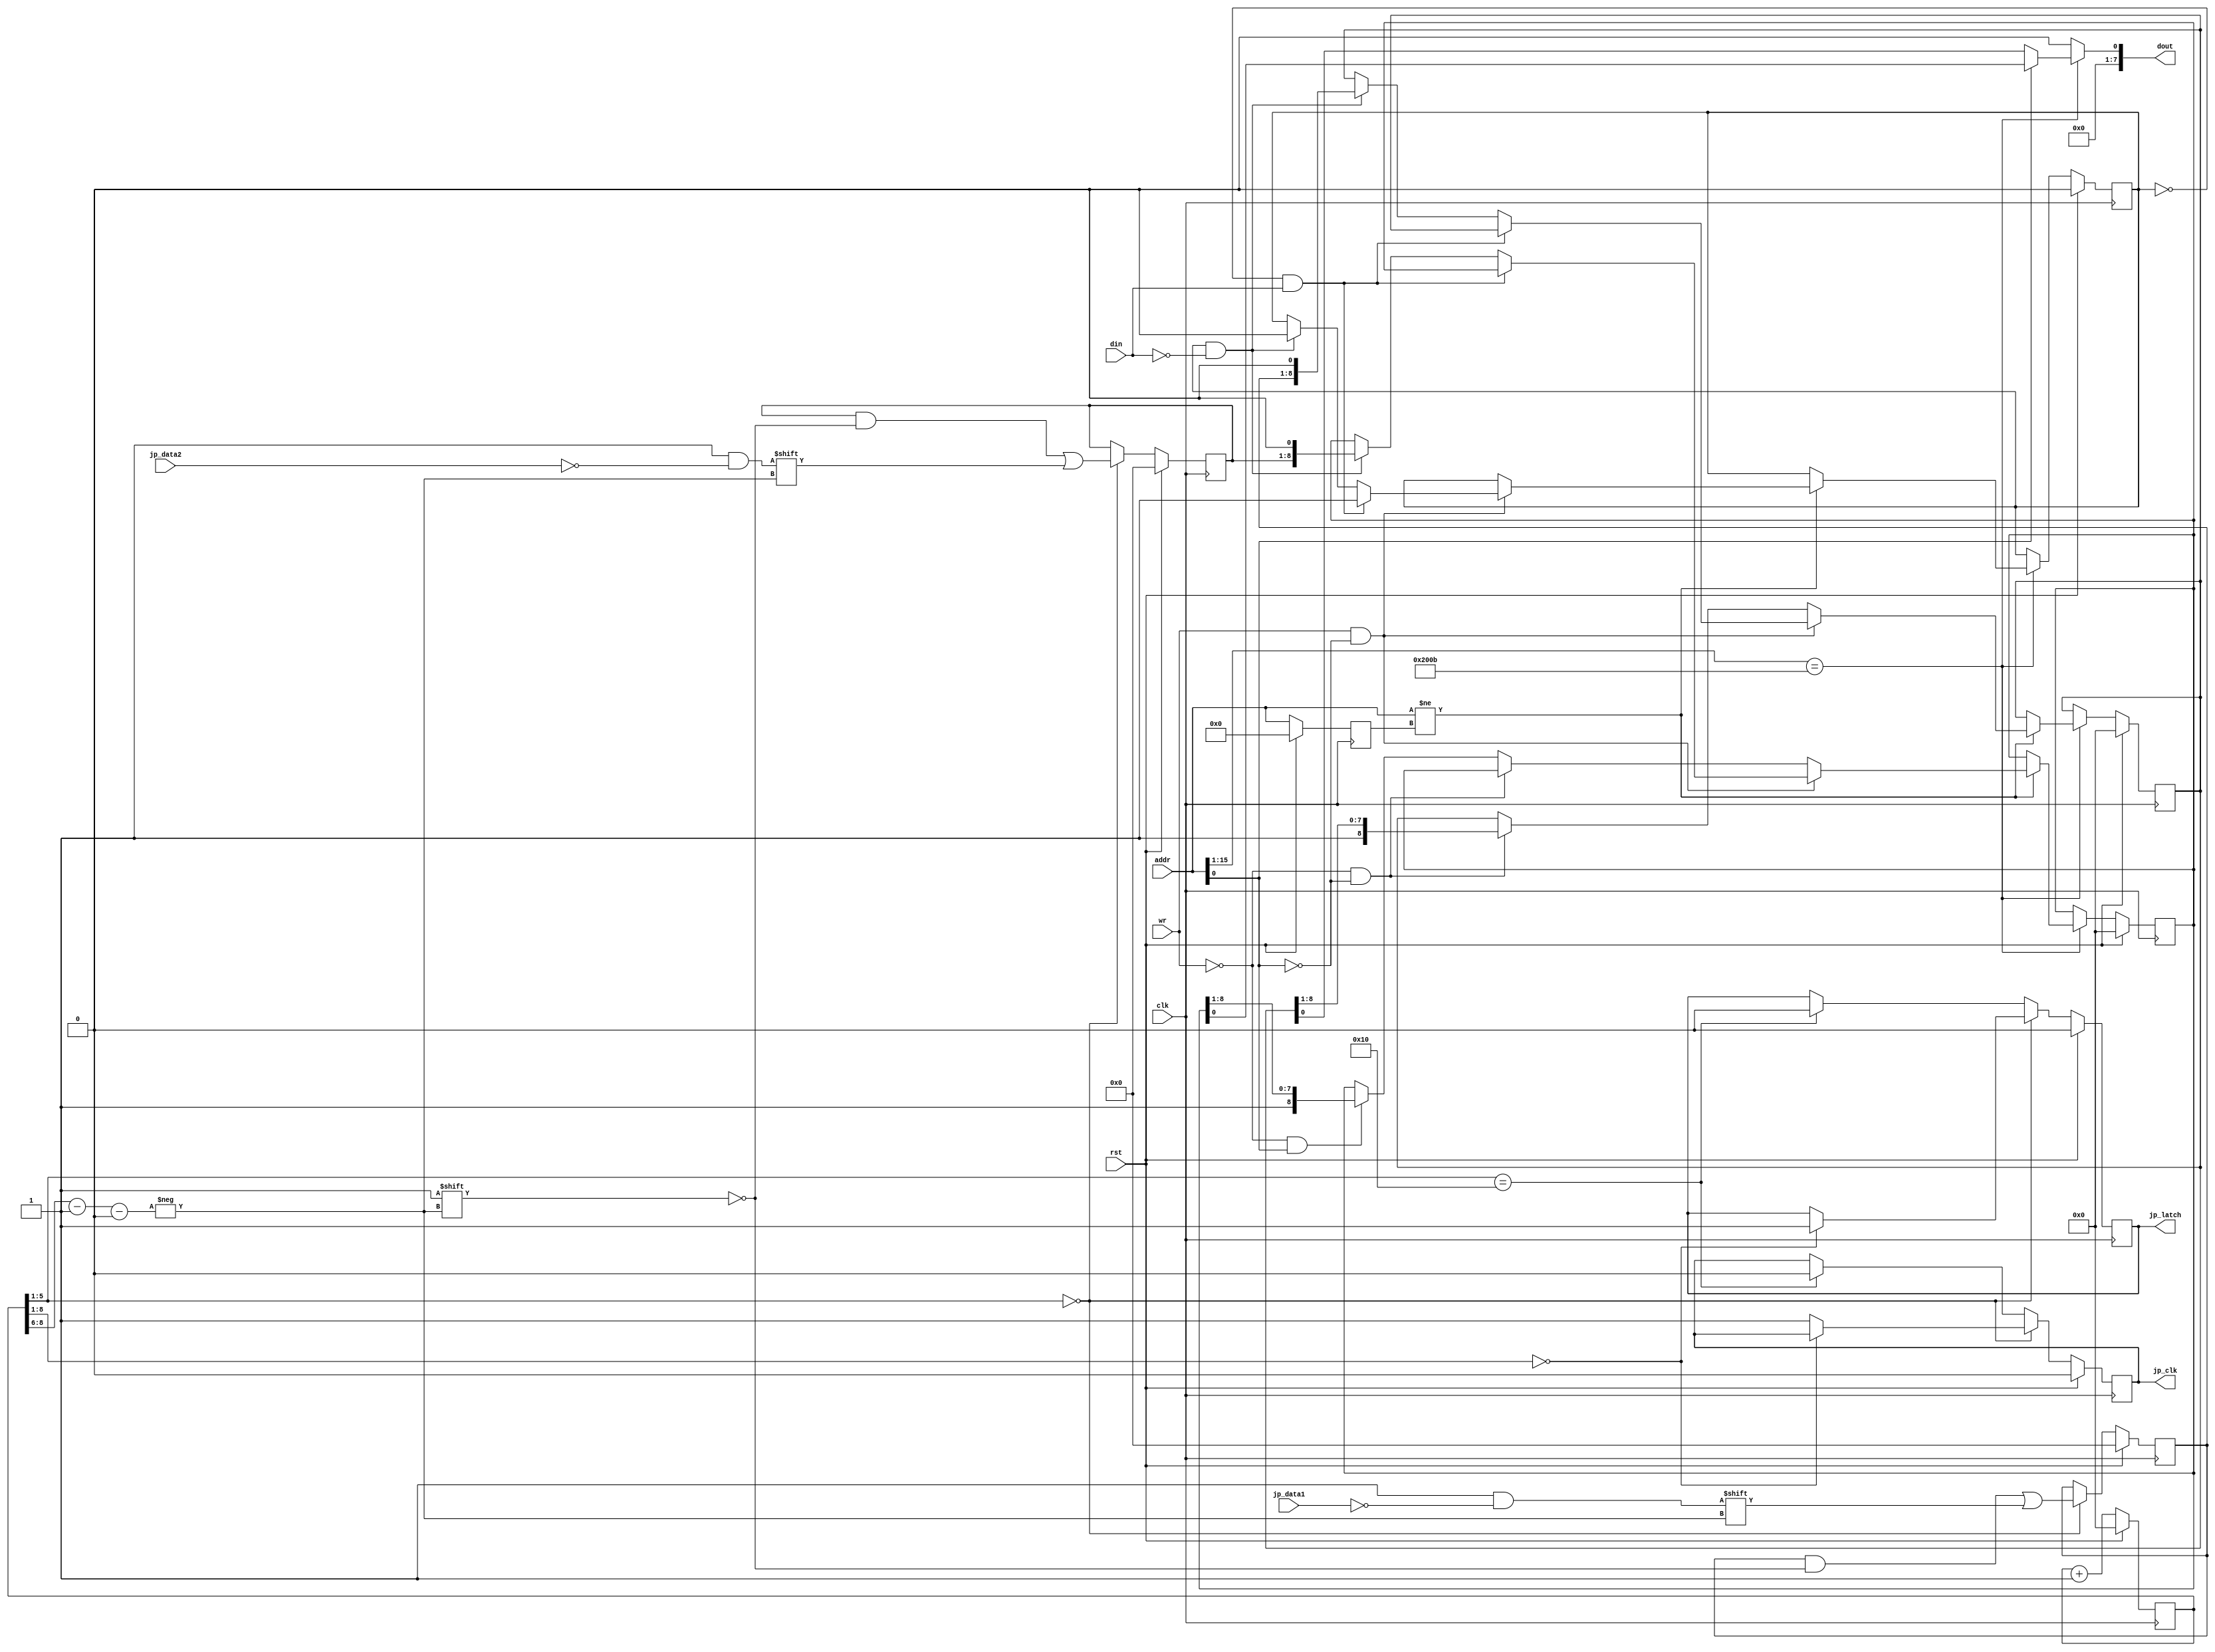
/***************************************************************************************************
** fpga_nes/hw/src/cpu/jp.v
*
*  Copyright (c) 2012, Brian Bennett
*  All rights reserved.
*
*  Redistribution and use in source and binary forms, with or without modification, are permitted
*  provided that the following conditions are met:
*
*  1. Redistributions of source code must retain the above copyright notice, this list of conditions
*     and the following disclaimer.
*  2. Redistributions in binary form must reproduce the above copyright notice, this list of
*     conditions and the following disclaimer in the documentation and/or other materials provided
*     with the distribution.
*
*  THIS SOFTWARE IS PROVIDED BY THE COPYRIGHT HOLDERS AND CONTRIBUTORS "AS IS" AND ANY EXPRESS OR
*  IMPLIED WARRANTIES, INCLUDING, BUT NOT LIMITED TO, THE IMPLIED WARRANTIES OF MERCHANTABILITY AND
*  FITNESS FOR A PARTICULAR PURPOSE ARE DISCLAIMED. IN NO EVENT SHALL THE COPYRIGHT OWNER OR
*  CONTRIBUTORS BE LIABLE FOR ANY DIRECT, INDIRECT, INCIDENTAL, SPECIAL, EXEMPLARY, OR CONSEQUENTIAL
*  DAMAGES (INCLUDING, BUT NOT LIMITED TO, PROCUREMENT OF SUBSTITUTE GOODS OR SERVICES; LOSS OF USE,
*  DATA, OR PROFITS; OR BUSINESS INTERRUPTION) HOWEVER CAUSED AND ON ANY THEORY OF LIABILITY,
*  WHETHER IN CONTRACT, STRICT LIABILITY, OR TORT (INCLUDING NEGLIGENCE OR OTHERWISE) ARISING IN ANY
*  WAY OUT OF THE USE OF THIS SOFTWARE, EVEN IF ADVISED OF THE POSSIBILITY OF SUCH DAMAGE.
*
*  Joypad controller block.
***************************************************************************************************/

module jp
(
  input  wire        clk,       // 100MHz system clock signal
  input  wire        rst,       // reset signal
  input  wire        wr,        // write enable signal
  input  wire [15:0] addr,      // 16-bit memory address
  input  wire        din,       // data input bus
  input  wire        jp_data1,  // joypad 1 input signal
  input  wire        jp_data2,  // joypad 2 input signal
  output wire        jp_clk,    // joypad output clk signal
  output wire        jp_latch,  // joypad output latch signal
  output reg  [ 7:0] dout       // data output bus
);

//
// FFs for tracking/reading current controller state.
//
reg [7:0] q_jp1_state, d_jp1_state;
reg [7:0] q_jp2_state, d_jp2_state;
reg       q_jp_clk,    d_jp_clk;
reg       q_jp_latch,  d_jp_latch;
reg [8:0] q_cnt,       d_cnt;

always @(posedge clk)
  begin
    if (rst)
      begin
        q_jp1_state <= 8'h00;
        q_jp2_state <= 8'h00;
        q_jp_clk    <= 1'b0;
        q_jp_latch  <= 1'b0;
        q_cnt       <= 9'h00;
      end
    else
      begin
        q_jp1_state <= d_jp1_state;
        q_jp2_state <= d_jp2_state;
        q_jp_clk    <= d_jp_clk;
        q_jp_latch  <= d_jp_latch;
        q_cnt       <= d_cnt;
      end
  end

wire [2:0] state_idx;

always @*
  begin
    // Default most FFs to current state.
    d_jp1_state = q_jp1_state;
    d_jp2_state = q_jp2_state;
    d_jp_clk    = q_jp_clk;
    d_jp_latch  = q_jp_latch;

    d_cnt = q_cnt + 9'h001;

    // Drive LATCH signal to latch current controller state and return state of A button.  Pulse
    // clock 7 more times to read other 7 buttons.  Controller states are active low.
    if (q_cnt[5:1] == 5'h00)
      begin
        d_jp1_state[state_idx] = ~jp_data1;
        d_jp2_state[state_idx] = ~jp_data2;

        if (q_cnt[8:1] == 8'h00)
          d_jp_latch = 1'b1;
        else
          d_jp_clk = 1'b1;
      end
    else if (q_cnt[5:1] == 5'h10)
      begin
        d_jp_clk   = 1'b0;
        d_jp_latch = 1'b0;
      end
  end

assign state_idx = q_cnt[8:6] - 3'h1;
assign jp_latch  = q_jp_latch;
assign jp_clk    = q_jp_clk;

localparam [15:0] JOYPAD1_MMR_ADDR = 16'h4016;
localparam [15:0] JOYPAD2_MMR_ADDR = 16'h4017;

localparam S_STROBE_WROTE_0 = 1'b0,
           S_STROBE_WROTE_1 = 1'b1;

//
// FFs for managing MMR interface for reading joypad state.
//
reg [15:0] q_addr;
reg [ 8:0] q_jp1_read_state, d_jp1_read_state;
reg [ 8:0] q_jp2_read_state, d_jp2_read_state;
reg        q_strobe_state,   d_strobe_state;

always @(posedge clk)
  begin
    if (rst)
      begin
        q_addr           <= 16'h0000;
        q_jp1_read_state <= 9'h000;
        q_jp2_read_state <= 9'h000;
        q_strobe_state   <= S_STROBE_WROTE_0;
      end
    else
      begin
        q_addr           <= addr;
        q_jp1_read_state <= d_jp1_read_state;
        q_jp2_read_state <= d_jp2_read_state;
        q_strobe_state   <= d_strobe_state;
      end
  end

always @*
  begin
    dout = 8'h00;

    // Default FFs to current state.
    d_jp1_read_state = q_jp1_read_state;
    d_jp2_read_state = q_jp2_read_state;
    d_strobe_state   = q_strobe_state;

    if (addr[15:1] == JOYPAD1_MMR_ADDR[15:1])
      begin
        dout = { 7'h00, ((addr[0]) ? q_jp2_read_state[0] : q_jp1_read_state[0]) };

        // Only update internal state one time per read/write.
        if (addr != q_addr)
          begin
            // App must write 0x4016 to 1 then to 0 in order to reset and begin reading the joypad
            // state.
            if (wr && !addr[0])
              begin
                if ((q_strobe_state == S_STROBE_WROTE_0) && (din == 1'b1))
                  begin
                    d_strobe_state = S_STROBE_WROTE_1;
                  end
                else if ((q_strobe_state == S_STROBE_WROTE_1) && (din == 1'b0))
                  begin
                    d_strobe_state = S_STROBE_WROTE_0;
                    d_jp1_read_state = { q_jp1_state, 1'b0 };
                    d_jp2_read_state = { q_jp2_state, 1'b0 };
                  end
              end

            // Shift appropriate jp read state on every read.  After 8 reads, all subsequent reads
            // should be 1.
            else if (!wr && !addr[0])
              d_jp1_read_state = { 1'b1, q_jp1_read_state[8:1] };
            else if (!wr && addr[0])
              d_jp2_read_state = { 1'b1, q_jp2_read_state[8:1] };
          end
      end
  end

endmodule